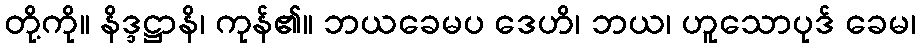
တို့ကို။ နိဒ္ဒဋ္ဌာနိ၊ ကုန်၏။ ဘယခေမပ ဒေဟိ၊ ဘယ၊ ဟူသောပုဒ် ခေမ၊